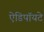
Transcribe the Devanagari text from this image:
ऐडिपॉयटे